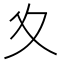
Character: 夊